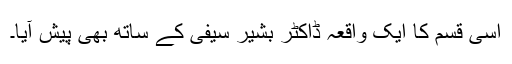
اسی قسم کا ایک واقعہ ڈاکٹر بشیر سیفی کے ساتھ بھی پیش آیا۔